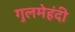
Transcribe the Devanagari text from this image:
गुलमेहंदी